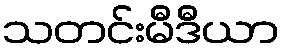
သတင်းမီဒီယာ